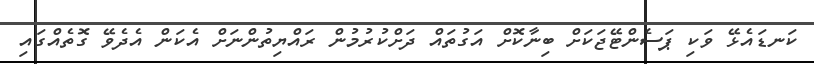
ކަނޑައެޅޭ ވަކި ޕަސެންޓޭޖަކަށް ބިނާކޮށް އަގުތައް ދަށްކުރުމުން ރައްޔިތުންނަށް އެކަން އެދެވޭ ގޮތެއްގައި